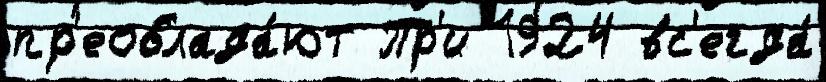
пр'еоблада́ют Пр'и 1924 вс'егда́